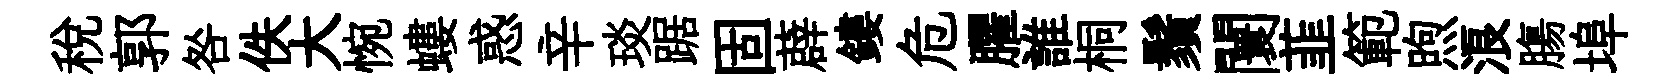
税郭咎佚大惋螻惑辛琰踞固薜鏤危臞誰桐鬚闤韮範煦浪膓埠